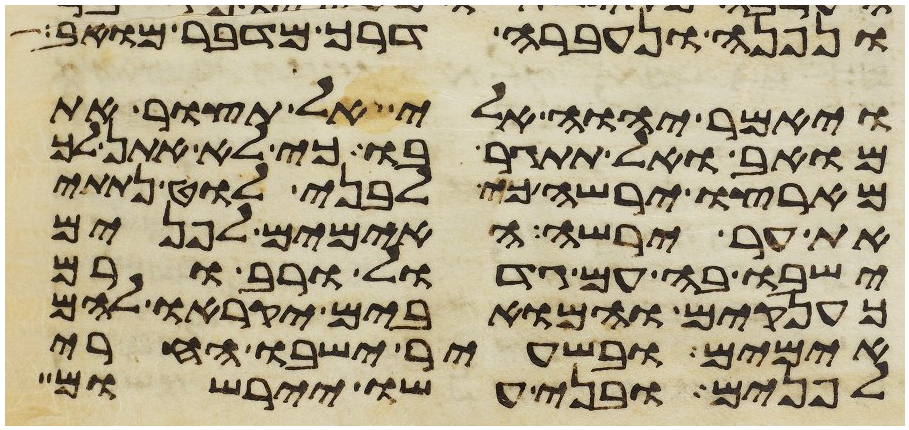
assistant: ונפנה ונעברה דרך מדבר מואב
ויאמר יהוה אלי אל תצור את
מואב ואל תתגר בו כי לא אתן לך
מארצו ירשה כי לבני לוט נתתי
את ער ירשה האימים לפנים
ישבו בה עם גדול ורב ורם
כענקים והמואבים יקראו להם
אימים ובשעיר ישבו החרי
לפנים ובני עשו יירשום